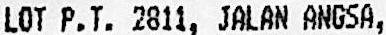
LOT P.T. 2811, JALAN ANGSA,